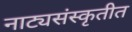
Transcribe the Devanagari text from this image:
नाट्यसंस्कृतीत